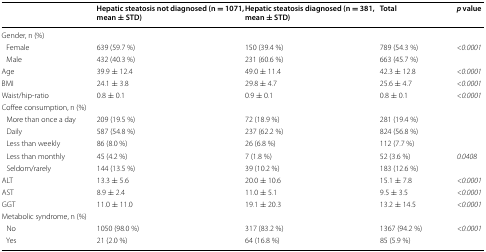
|  | Hepatic steatosis not diagnosed (n = 1071, mean ± STD) | Hepatic steatosis diagnosed (n = 381, mean ± STD) | Total | p value |
 | --- | --- | --- | --- | --- |
 | <COLSPAN=5> Gender, n (%) |
 | Female | 639 (59.7 %) | 150 (39.4 %) | 789 (54.3 %) | <0.0001 |
 | Male | 432 (40.3 %) | 231 (60.6 %) | 663 (45.7 %) |  |
 | Age | 39.9 ± 12.4 | 49.0 ± 11.4 | 42.3 ± 12.8 | <0.0001 |
 | BMI | 24.1 ± 3.8 | 29.8 ± 4.7 | 25.6 ± 4.7 | <0.0001 |
 | Waist/hip-ratio | 0.8 ± 0.1 | 0.9 ± 0.1 | 0.8 ± 0.1 | <0.0001 |
 | <COLSPAN=5> Coffee consumption, n (%) |
 | More than once a day | 209 (19.5 %) | 72 (18.9 %) | 281 (19.4 %) |  |
 | Daily | 587 (54.8 %) | 237 (62.2 %) | 824 (56.8 %) |  |
 | Less than weekly | 86 (8.0 %) | 26 (6.8 %) | 112 (7.7 %) |  |
 | Less than monthly | 45 (4.2 %) | 7 (1.8 %) | 52 (3.6 %) | 0.0408 |
 | Seldom/rarely | 144 (13.5 %) | 39 (10.2 %) | 183 (12.6 %) |  |
 | ALT | 13.3 ± 5.6 | 20.0 ± 10.6 | 15.1 ± 7.8 | <0.0001 |
 | AST | 8.9 ± 2.4 | 11.0 ± 5.1 | 9.5 ± 3.5 | <0.0001 |
 | GGT | 11.0 ± 11.0 | 19.1 ± 20.3 | 13.2 ± 14.5 | <0.0001 |
 | <COLSPAN=5> Metabolic syndrome, n (%) |
 | No | 1050 (98.0 %) | 317 (83.2 %) | 1367 (94.2 %) | <0.0001 |
 | Yes | 21 (2.0 %) | 64 (16.8 %) | 85 (5.9 %) |  |